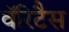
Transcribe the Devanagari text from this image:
वॅरिटैस